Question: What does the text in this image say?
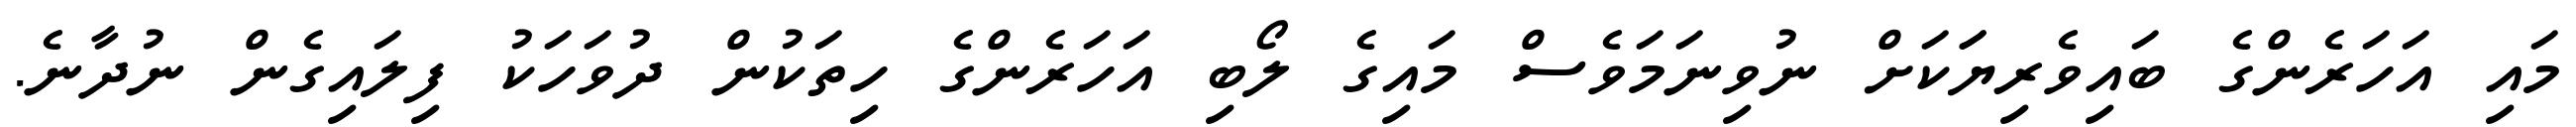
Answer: މައި އަހަރެންގެ ބައިވެރިޔަަކަށް ނުވިނަމަވެސް މައިގެ ލޯބި އަހަރެންގެ ހިތަކުން ދުވަހަކު ފިލައިގެން ނުދާނެ.